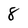
Character: 8